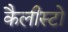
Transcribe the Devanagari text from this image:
कैलीस्टो